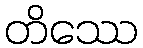
တိဿေ